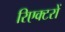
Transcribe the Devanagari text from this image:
रिएक्‍टरों